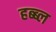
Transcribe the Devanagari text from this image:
हब्ब्ल